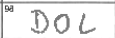
Transcription: DOL